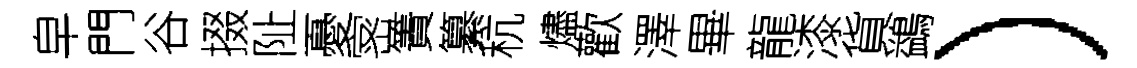
皁門谷掇阯憂宻簀纂秔燼歡澤畢龍漆貨鷁）